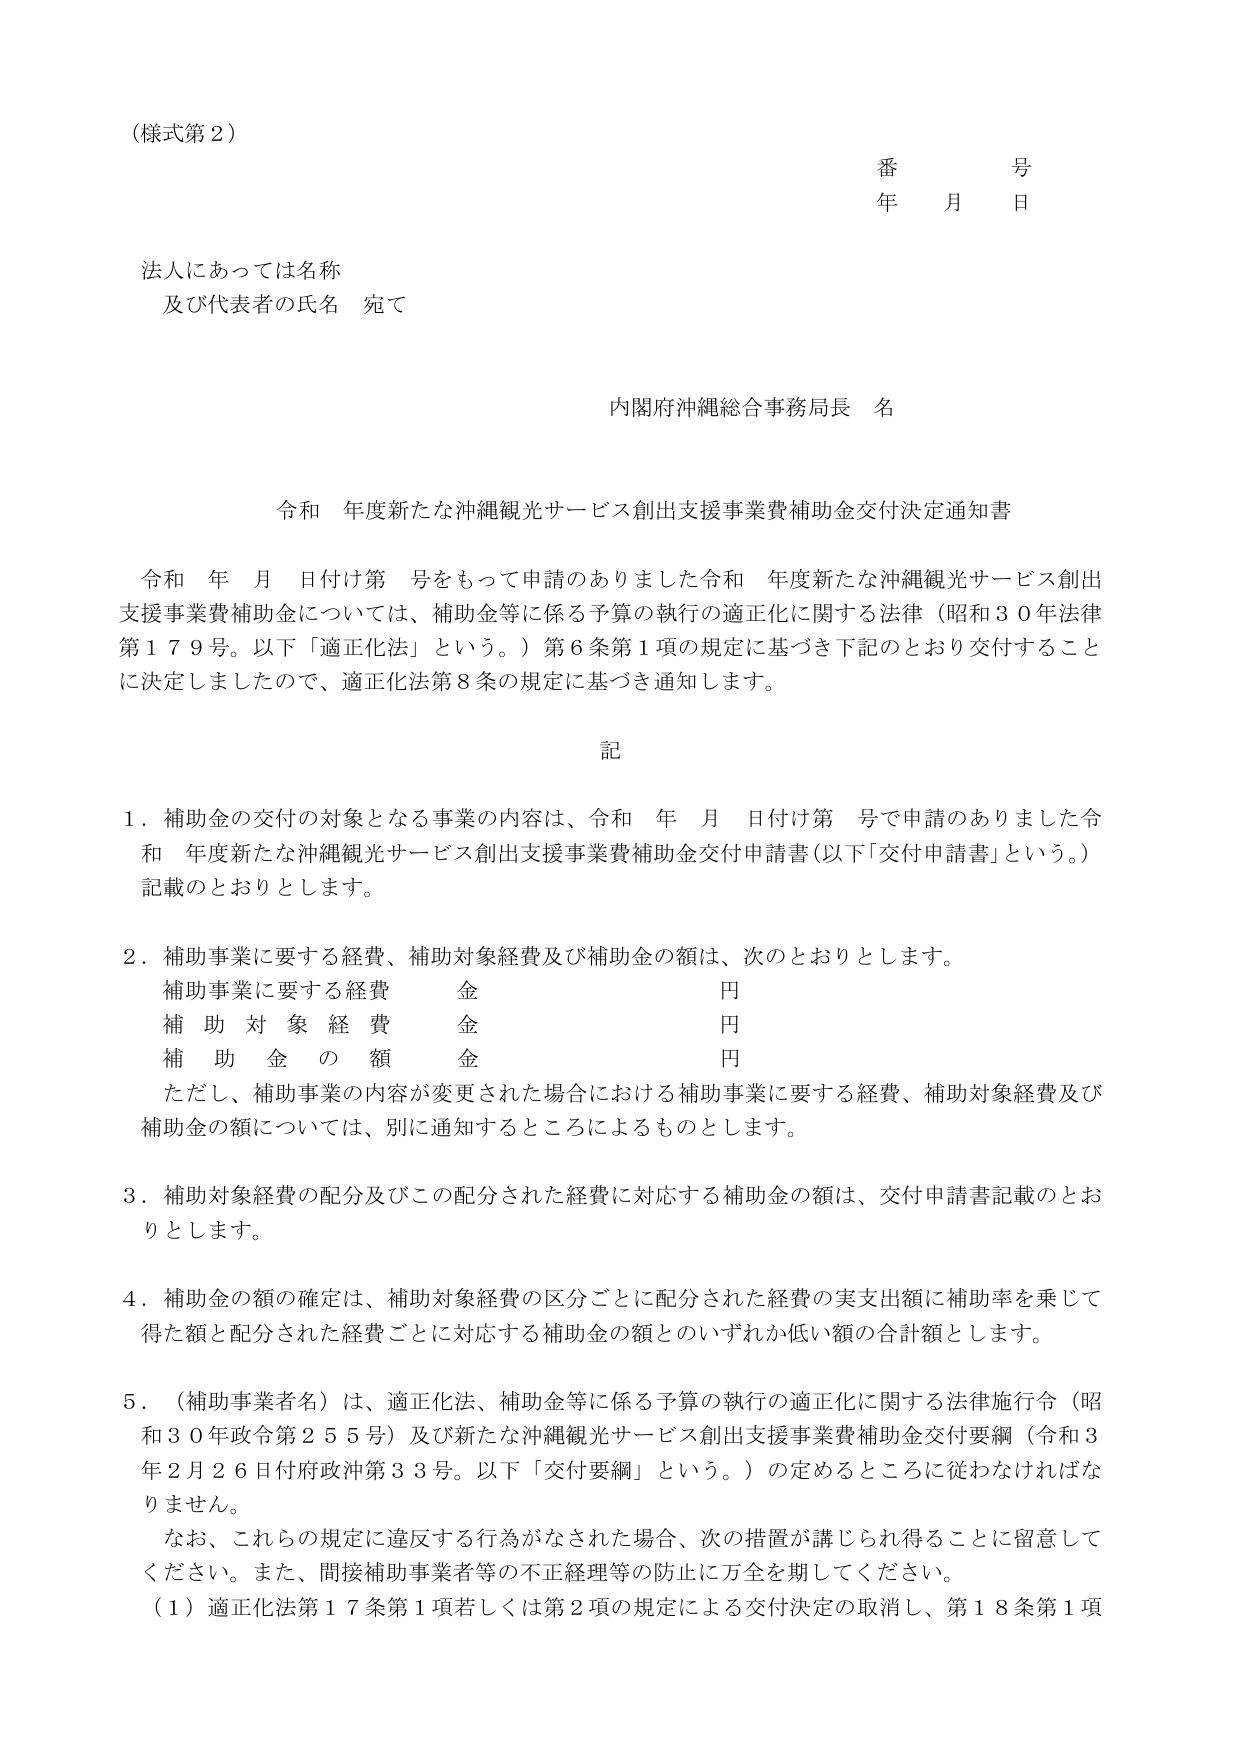
（様式第２）

番　　号
年　　月　　日

法人にあっては名称
及び代表者の氏名　宛て

内閣府沖縄総合事務局長　名

令和　年度新たな沖縄観光サービス創出支援事業費補助金交付決定通知書

令和　年　月　日付け第　号をもって申請のありました令和　年度新たな沖縄観光サービス創出支援事業費補助金については、補助金等に係る予算の執行の適正化に関する法律（昭和３０年法律第１７９号。以下「適正化法」という。）第６条第１項の規定に基づき下記のとおり交付することに決定しましたので、適正化法第８条の規定に基づき通知します。

記

１．補助金の交付の対象となる事業の内容は、令和　年　月　日付け第　号で申請のありました令和　年度新たな沖縄観光サービス創出支援事業費補助金交付申請書（以下「交付申請書」という。）記載のとおりとします。

２．補助事業に要する経費、補助対象経費及び補助金の額は、次のとおりとします。
　補助事業に要する経費　　　金　　　円
　補　助　対　象　経　費　　　金　　　円
　補　助　金　の　額　　　　金　　　円
　ただし、補助事業の内容が変更された場合における補助事業に要する経費、補助対象経費及び補助金の額については、別に通知するところによるものとします。

３．補助対象経費の配分及びこの配分された経費に対応する補助金の額は、交付申請書記載のとおりとします。

４．補助金の額の確定は、補助対象経費の区分ごとに配分された経費の実支出額に補助率を乗じて得た額と配分された経費ごとに対応する補助金の額とのいずれか低い額の合計額とします。

５．（補助事業者名）は、適正化法、補助金等に係る予算の執行の適正化に関する法律施行令（昭和３０年政令第２５５号）及び新たな沖縄観光サービス創出支援事業費補助金交付要綱（令和３年２月２６日府政沖第３３号。以下「交付要綱」という。）の定めるところに従わなければなりません。
　なお、これらの規定に違反する行為がなされた場合、次の措置が講じられ得ることに留意してください。また、間接補助事業者等の不正経理等の防止に万全を期してください。
　（１）適正化法第１７条第１項若しくは第２項の規定による交付決定の取消し、第１８条第１項